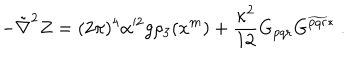
- \tilde { \nabla } ^ { 2 } Z = ( 2 \pi ) ^ { 4 } \alpha ^ { 2 } g \rho _ { 3 } ( x ^ { m } ) + \frac { \kappa ^ { 2 } } { 1 2 } G _ { p q r } G ^ { \widetilde { p q r } * } \ .